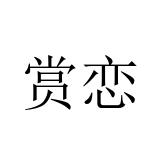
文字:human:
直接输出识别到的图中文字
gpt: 赏恋